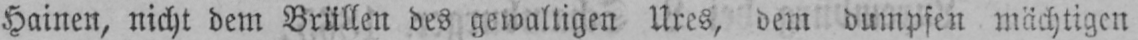
Hainen, nicht dem Brüllen des gewaltigen Ures, dem dumpfen mächtigen